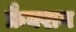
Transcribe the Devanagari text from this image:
फ्रैक्शन